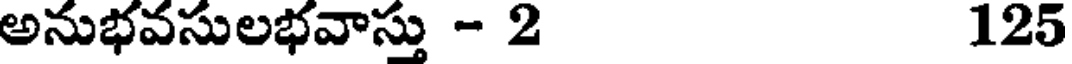
అనుభవసులభవాస్తు - 2 125